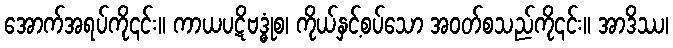
အောက်အရပ်ကို၎င်း။ ကာယပဋိဗဒ္ဓုံစ၊ ကိုယ်နှင့်စပ်သော အဝတ်စသည်ကို၎င်း။ အာဒိဿ၊